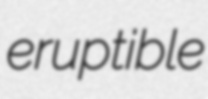
eruptible